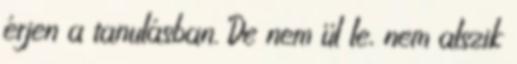
érjen a tanulásban. De nem ül le, nem alszik